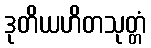
ဒုတိယဟိတသုတ္တံ